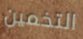
التخمين